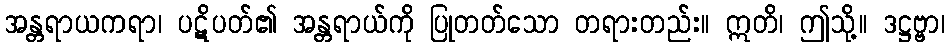
အန္တရာယကရာ၊ ပဋိပတ်၏ အန္တရာယ်ကို ပြုတတ်သော တရားတည်း။ ဣတိ၊ ဤသို့။ ဒဋ္ဌဗ္ဗာ၊